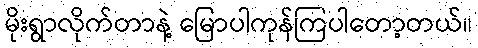
မိုးရွာလိုက်တာနဲ့ မြောပါကုန်ကြပါတော့တယ်။